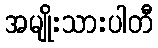
အမျိုးသားပါတီ